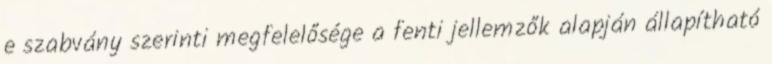
e szabvány szerinti megfelelősége a fenti jellemzők alapján állapítható